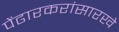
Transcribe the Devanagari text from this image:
पेंढारकरांसारखे